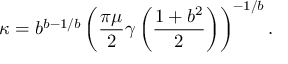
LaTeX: \kappa = b ^ { b - 1 / b } \left( \frac { \pi \mu } { 2 } \gamma \left( \frac { 1 + b ^ { 2 } } { 2 } \right) \right) ^ { - 1 / b } .